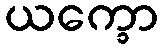
ယက္ခော